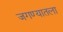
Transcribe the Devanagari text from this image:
जगण्यातला